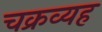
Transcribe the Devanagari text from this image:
चक्रव्यह